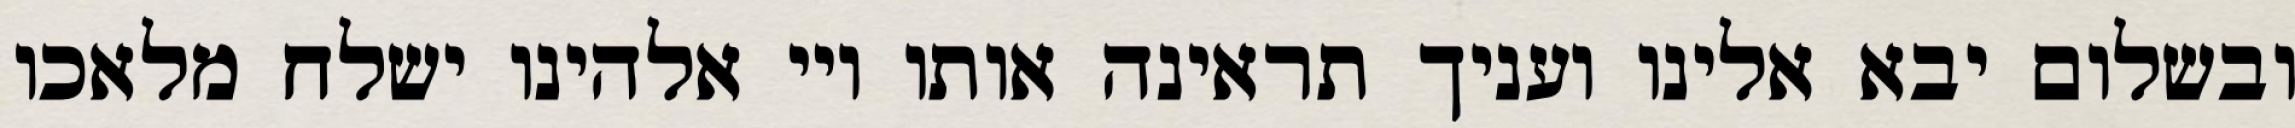
ובשלום יבא אלינו ועניך תראינה אותו ויי אלהינו ישלח מלאכו